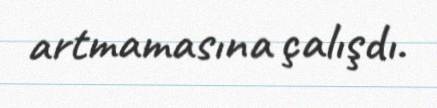
artmamasına çalışdı.